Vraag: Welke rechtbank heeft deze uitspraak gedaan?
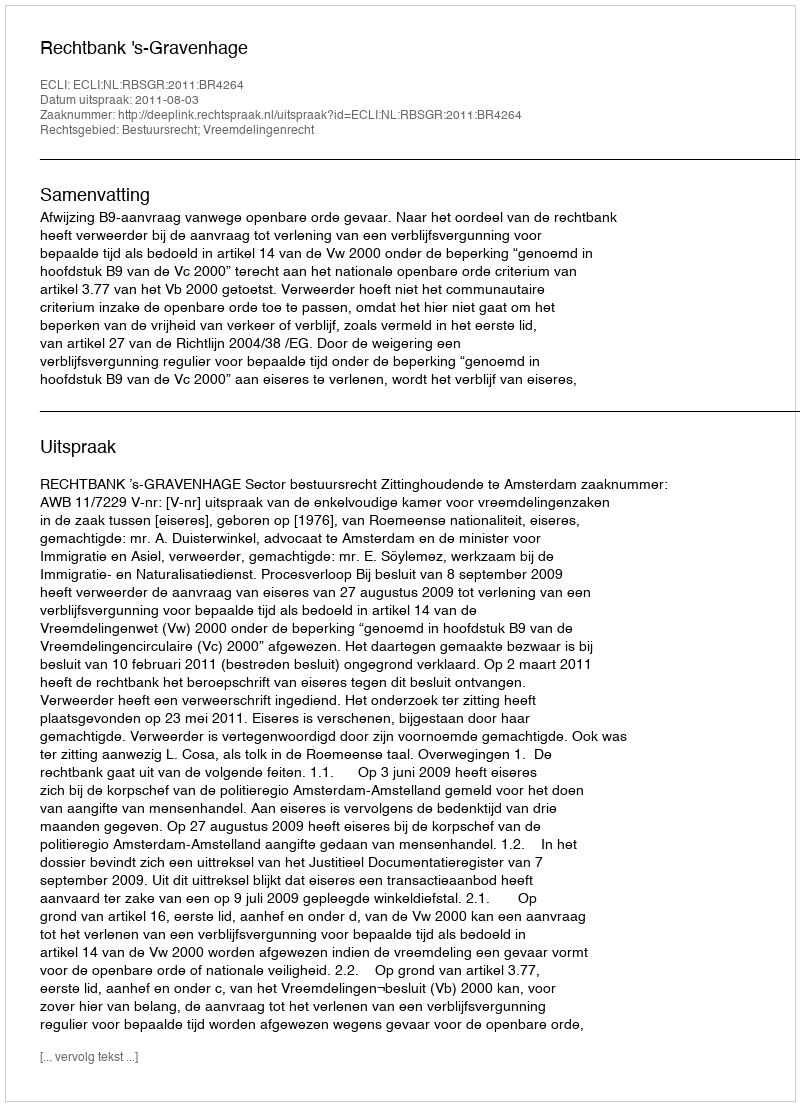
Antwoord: Rechtbank 's-Gravenhage